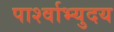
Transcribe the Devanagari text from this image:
पार्श्वाभ्युदय